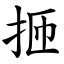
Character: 㧜